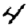
Digit: 4